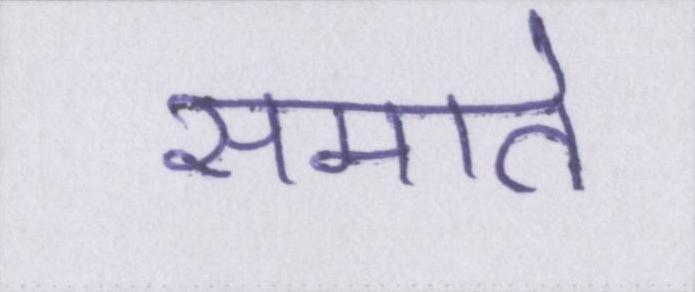
समाते